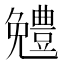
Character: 𠓍